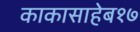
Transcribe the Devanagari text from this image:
काकासाहेब१७